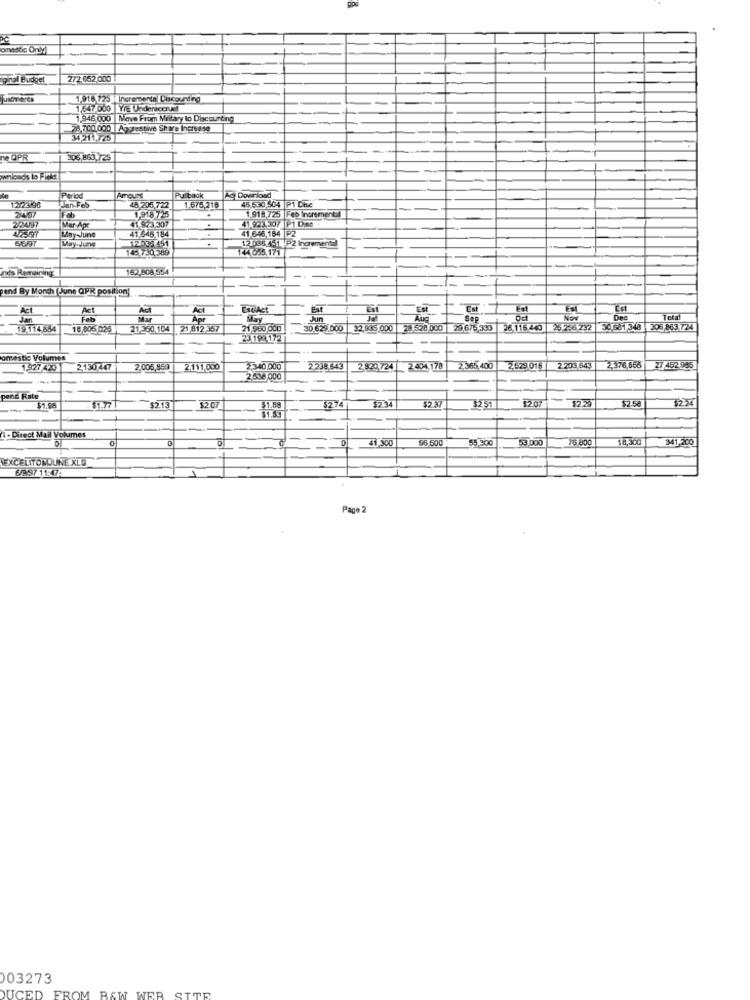
omestka Oply
pinal Budget
272.652 000
91. 725 | Incrementa Discounting
1.647.000 YTE Underaccrual
1.946,000 |Move From Military to Dlacourting
78.700.000 Aggressive Share Increase
ne OPR
105,863,725
wnloachs to Fieler
Ag Download
182390
Period
Amount
Pulback
1.675,218
45.530,504 P1 Cie
Jan-Feb
Fab
48 205 722
1.918,725 Feb Incremental
2/2497
Mar Apr
1 823 307
41 923.30/ P1 Dist
41.646,154 P2
65/97
May-June
41.646.184
May-June
145 730 389
LA 055.171
12 095.451 P2 Incremental
nds Remaining
1623508 554
end By Month (June QPR position]
Act
Act
Est
Est
ES
Est
Jan
Feb
Mar
Way
Sep
Dee
Total
19.114884
18.805 026
21.360,104 21 812 357
21 960 000
30.629.000
2,935.000 28 528.000 29 675 333 26 115 440 26 2-6 732
3C 68-1 348 305,863 724
23 198 172
--
-
omestie Volumes
1927 420
2130 447
2,005,859
2,111.000
2340.000
2.238.843
2 829.724
2 .404,178
2,365,400
2629016
2.203 643
2.376,666
27.452.585
2638 000
pend Rate
1207
$1.56
$1.77
--
$2.13
$207
$1.69
$274
12.34
$2.37
$2.51
$2.58
2
- Direct Mail Volumes
41,300
96 500
53.000
16 600
341,200
55.300
EXCELITOMOUNE XLS
6/2:97 11:4774
Page 2
03273
DUCED
FROM BAW WER
SITE